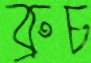
ব্রুচ